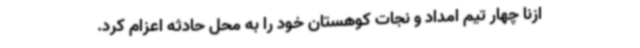
ازنا چهار تیم امداد و نجات کوهستان خود را به محل حادثه اعزام کرد.